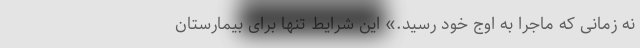
نه زمانی که ماجرا به اوج خود رسید.» این شرایط تنها برای بیمارستان